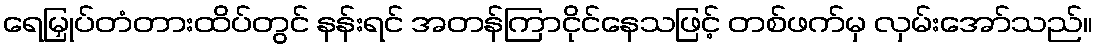
ရေမြှုပ်တံတားထိပ်တွင် နန်းရင် အတန်ကြာငိုင်နေသဖြင့် တစ်ဖက်မှ လှမ်းအော်သည်။